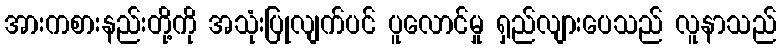
အားကစားနည်းတို့ကို အသုံးပြုလျက်ပင် ပူလောင်မှု ရှည်လျားပေသည် လူနာသည်